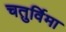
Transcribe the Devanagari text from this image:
चतुर्विमा